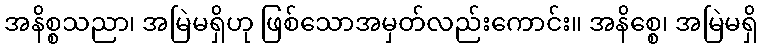
အနိစ္စသညာ၊ အမြဲမရှိဟု ဖြစ်သောအမှတ်လည်းကောင်း။ အနိစ္စေ၊ အမြဲမရှိ